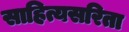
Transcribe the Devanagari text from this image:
साहित्यसरिता